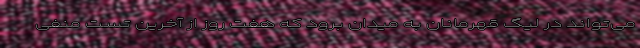
می‌تواند در لیگ قهرمانان به میدان برود که هفت روز از آخرین تست منفی